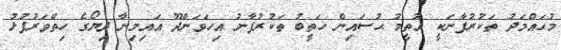
މުޙައްމަދު ތަކުރުފާނަކީ އުތީމު ޙުސައިން ޚަތީބު ތަކުރުފާނު އިހަވަންދޫ އައިމިނާ ދިޔޯގެ ހިތްވަރުފުޅު